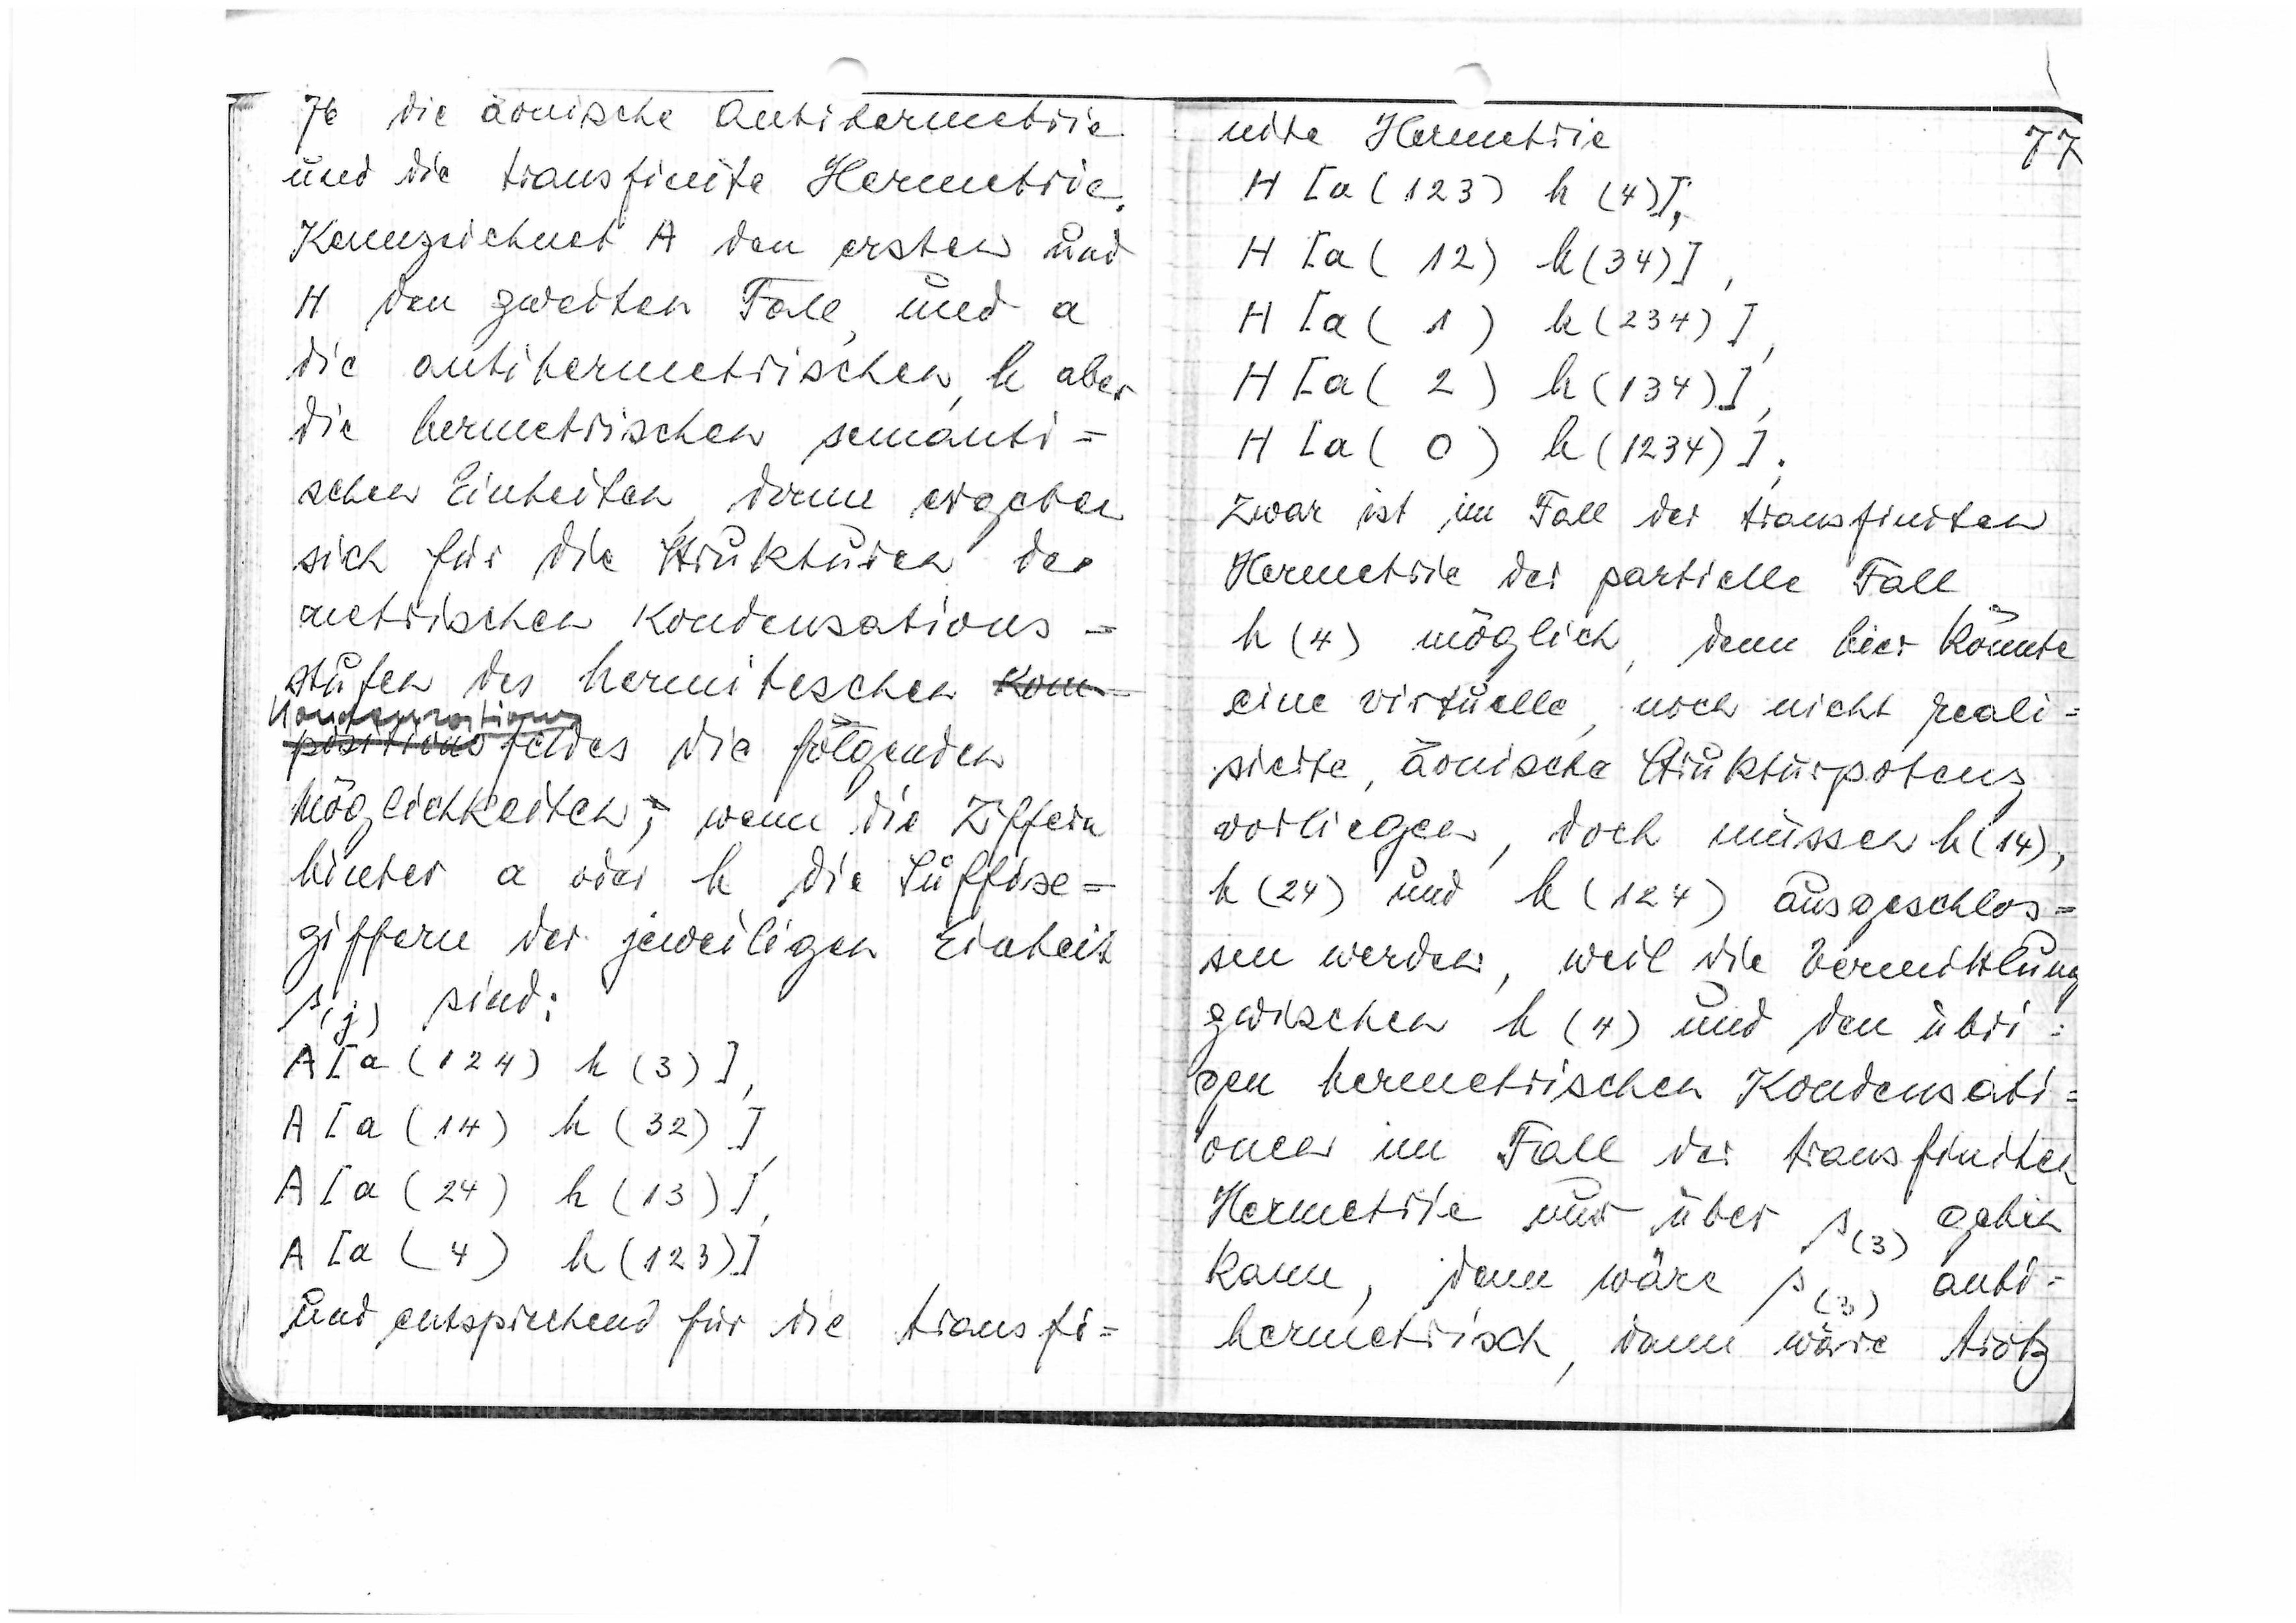
76
die äonische Antihermetrie
und die transfinite Hermetrie.
Kennzeichnet A den ersten und
H den zweiten Fall, und a
die antihermetrischen, h aber
die hermetrischen semanti=
schen Einheiten, dann ergeben
sich für die Strukturen der
metrischen Kondensations=
stufen des hermitischen
Kom
Kondensations
positions
feldes die folgenden
Möglichkeiten, wenn die Ziffern
hinter a oder h die Suffix=
ziffern der jeweiligen Einheit
s(j) sind:
A[a(124) h(3)],
A[a(14)] h(32)],
A[a(24) h(13)],
A[a(4) h(123)]
und entsprechend für die transfi=

77
nite Hermetrie
H[a(123) h(4)],
H[a(12) h(34)],
H[a(1) h(234)]
H[a(2) h(134)],
H[a(0) h(1234)];
Zwar ist im Fall der transfiniten
Hermetrie der partielle Fall
h(4) möglich, denn hier könnte
eine virtuelle, noch nicht reali=
sierte, äonische Strukturpotenz
vorliegen, doch müssen h(14),
h(24) und h(124) ausgeschlo=
sen werden, weil die Vermittlung
zwischen h(4) und den übri=
gen hemetrischen Kondensati=
onen im Fall der transfiniten
Hermetrie nur über s(3) gehen
kann, dann wäre s(3) anti=
hermetrisch, dann wäre trotz